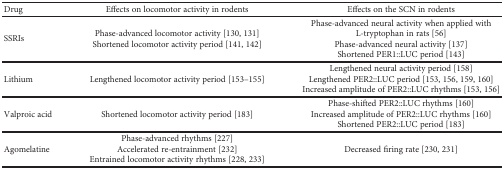
<table><thead><tr><td><b>Drug</b></td><td><b>Effects on locomotor activity in rodents</b></td><td><b>Effects on the SCN in rodents</b></td></tr></thead><tbody><tr><td>SSRIs</td><td>Phase-advanced locomotor activity [130, 131]Shortened locomotor activity period [141, 142]</td><td>Phase-advanced neural activity when applied with L-tryptophan in rats [56]Phase-advanced neural activity [137]Shortened PER1::LUC period [143]</td></tr><tr><td>Lithium</td><td>Lengthened locomotor activity period [153–155]</td><td>Lengthened neural activity period [158]Lengthened PER2::LUC period [153, 156, 159, 160]Increased amplitude of PER2::LUC rhythms [153, 156]</td></tr><tr><td>Valproic acid</td><td>Shortened locomotor activity period [183]</td><td>Phase-shifted PER2::LUC rhythms [160]Increased amplitude of PER2::LUC rhythms [160]Shortened PER2::LUC period [183]</td></tr><tr><td>Agomelatine</td><td>Phase-advanced rhythms [227]Accelerated re-entrainment [232]Entrained locomotor activity rhythms [228, 233]</td><td>Decreased firing rate [230, 231]</td></tr></tbody></table>